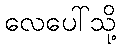
လေပေါ်သို့